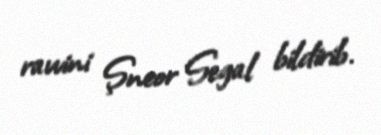
ravvini Şneor Segal bildirib.